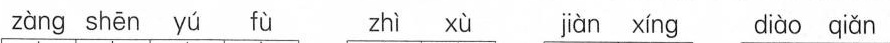
zang shen yu fu zhi xu jian xing diao qian